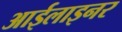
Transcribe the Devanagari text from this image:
आईलाइनर